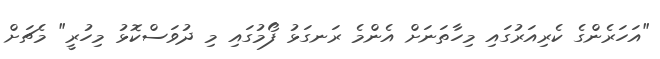
"އަހަރެންގެ ކެރިއަރުގައި މިހާތަނަށް އެންމެ ރަނގަޅު ފޯމުގައި މި ދުވަސްކޮޅު މިހުރީ" މެޗަށް